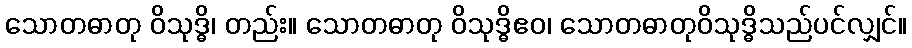
သောတဓာတု ဝိသုဒ္ဓိ၊ တည်း။ သောတဓာတု ဝိသုဒ္ဓိဧဝ၊ သောတဓာတုဝိသုဒ္ဓိသည်ပင်လျှင်။